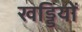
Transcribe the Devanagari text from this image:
खड्डियों